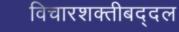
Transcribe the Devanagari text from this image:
विचारशक्तीबद्दल